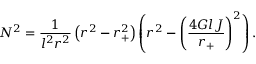
N ^ { 2 } = \frac { 1 } { l ^ { 2 } r ^ { 2 } } \left( r ^ { 2 } - r _ { + } ^ { 2 } \right) \left( r ^ { 2 } - \left( \frac { 4 G l J } { r _ { + } } \right) ^ { 2 } \right) .